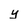
Character: y